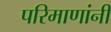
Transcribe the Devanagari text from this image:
परिमाणांनी